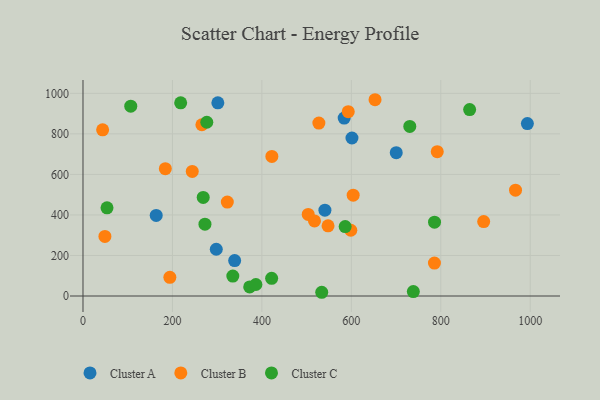
{"axis": {"x": "Ad Spend", "y": "Salary"}, "legend": ["Cluster A", "Cluster B", "Cluster C"], "data": [{"x": "584.0", "y": 878.0, "type": "Cluster A"}, {"x": "163.7", "y": 397.6, "type": "Cluster A"}, {"x": "601.4", "y": 779.7, "type": "Cluster A"}, {"x": "298.0", "y": 230.7, "type": "Cluster A"}, {"x": "339.1", "y": 174.6, "type": "Cluster A"}, {"x": "993.6", "y": 850.9, "type": "Cluster A"}, {"x": "301.5", "y": 953.2, "type": "Cluster A"}, {"x": "540.9", "y": 423.5, "type": "Cluster A"}, {"x": "700.4", "y": 707.1, "type": "Cluster A"}, {"x": "653.0", "y": 968.5, "type": "Cluster B"}, {"x": "184.1", "y": 628.5, "type": "Cluster B"}, {"x": "527.4", "y": 853.5, "type": "Cluster B"}, {"x": "598.8", "y": 324.5, "type": "Cluster B"}, {"x": "322.7", "y": 463.7, "type": "Cluster B"}, {"x": "593.1", "y": 909.3, "type": "Cluster B"}, {"x": "503.6", "y": 402.5, "type": "Cluster B"}, {"x": "604.1", "y": 497.5, "type": "Cluster B"}, {"x": "517.6", "y": 370.5, "type": "Cluster B"}, {"x": "967.1", "y": 522.0, "type": "Cluster B"}, {"x": "547.9", "y": 346.2, "type": "Cluster B"}, {"x": "785.8", "y": 162.4, "type": "Cluster B"}, {"x": "43.9", "y": 820.1, "type": "Cluster B"}, {"x": "895.9", "y": 367.4, "type": "Cluster B"}, {"x": "244.3", "y": 614.5, "type": "Cluster B"}, {"x": "792.1", "y": 712.4, "type": "Cluster B"}, {"x": "49.0", "y": 293.9, "type": "Cluster B"}, {"x": "265.8", "y": 844.9, "type": "Cluster B"}, {"x": "422.3", "y": 688.8, "type": "Cluster B"}, {"x": "194.2", "y": 92.1, "type": "Cluster B"}, {"x": "738.6", "y": 22.0, "type": "Cluster C"}, {"x": "53.7", "y": 434.9, "type": "Cluster C"}, {"x": "864.5", "y": 919.8, "type": "Cluster C"}, {"x": "218.4", "y": 953.0, "type": "Cluster C"}, {"x": "730.7", "y": 836.7, "type": "Cluster C"}, {"x": "786.0", "y": 364.3, "type": "Cluster C"}, {"x": "335.0", "y": 98.5, "type": "Cluster C"}, {"x": "421.8", "y": 87.2, "type": "Cluster C"}, {"x": "372.7", "y": 44.9, "type": "Cluster C"}, {"x": "586.2", "y": 342.8, "type": "Cluster C"}, {"x": "276.8", "y": 857.4, "type": "Cluster C"}, {"x": "272.7", "y": 354.3, "type": "Cluster C"}, {"x": "268.8", "y": 486.2, "type": "Cluster C"}, {"x": "106.8", "y": 936.8, "type": "Cluster C"}, {"x": "533.8", "y": 18.4, "type": "Cluster C"}, {"x": "386.6", "y": 56.8, "type": "Cluster C"}]}